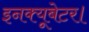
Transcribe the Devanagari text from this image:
इनक्यूबेटर।